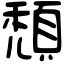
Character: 頹